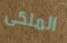
الملكى